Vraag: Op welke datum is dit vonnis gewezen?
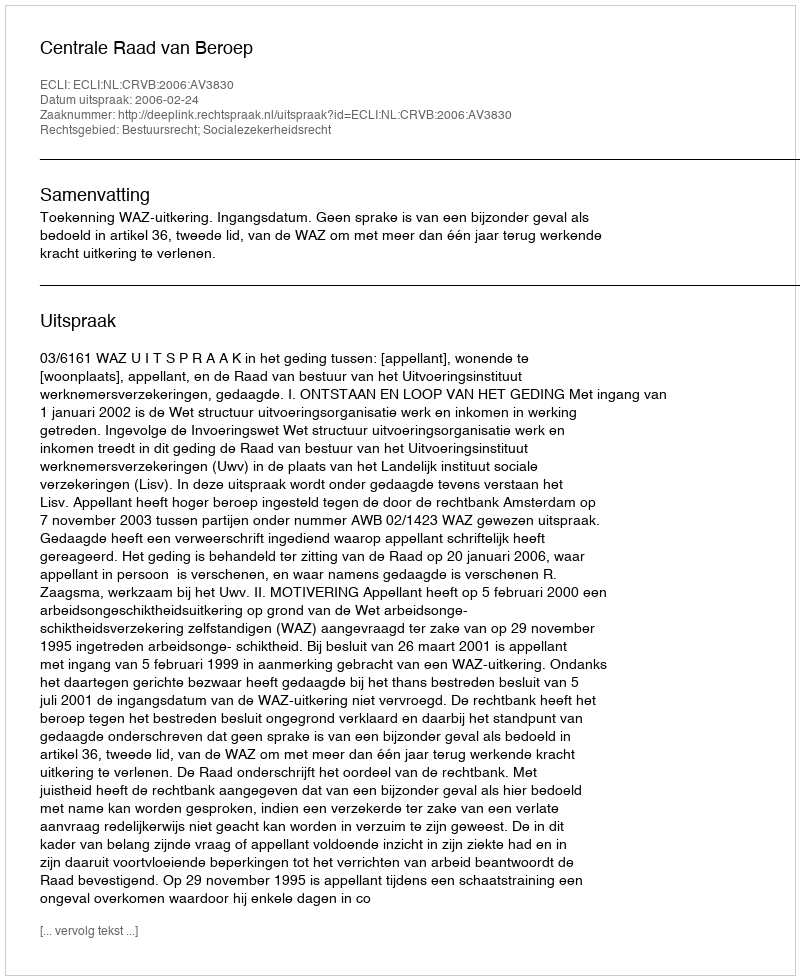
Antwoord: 2006-02-24